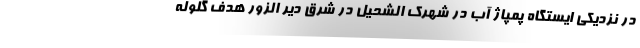
در نزدیکی ایستگاه پمپاژ آب در شهرک الشحیل در شرق دیر الزور هدف گلوله